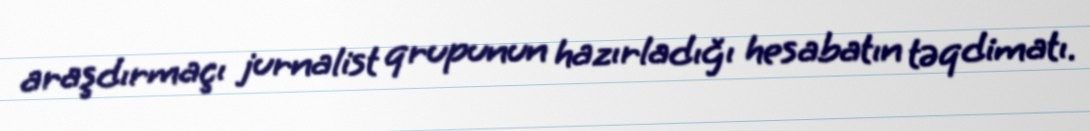
araşdırmaçı jurnalist qrupunun hazırladığı hesabatın təqdimatı.